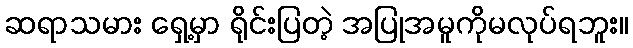
ဆရာသမား ရှေ့မှာ ရိုင်းပြတဲ့ အပြုအမူကိုမလုပ်ရဘူး။